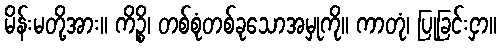
မိန်းမတို့အား။ ကိဉ္စိ၊ တစ်စုံတစ်ခုသောအမှုကို။ ကာတုံ၊ ပြုခြင်းငှာ။